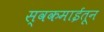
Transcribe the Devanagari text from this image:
स्वकमाईतून